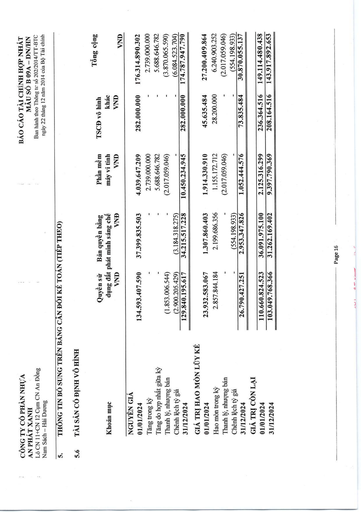
|Khoản mục|Quyền sử dụng đất VND|Bản quyền bằng phát minh sáng chế VND|Phần mềm máy vi tính VND|TSCĐ vô hình khác VND|Tổng cộng VND| |---|---|---|---|---|---| |NGUYÊN GIÁ|||||| |01/01/2024|134.593.407.590|37.399.835.503|4.039.647.209|282.000.000|176.314.890.302| |Tăng trong kỳ|-|-|2.739.000.000|-|2.739.000.000| |Tăng do hợp nhất giữa kỳ|-|-|5.688.646.782|-|5.688.646.782| |Thanh lý, nhượng bán|(1.853.006.544)|-|(2.017.059.046)|-|(3.870.065.590)| |Chênh lệch tỷ giá|(2.900.205.429)|(3.184.318.275)|-|-|(6.084.523.704)| |31/12/2024|129.840.195.617|34.215.517.228|10.450.234.945|282.000.000|174.787.947.790| |GIÁ TRỊ HAO MÒN LŨY KẾ|||||| |01/01/2024|23.932.583.067|1.307.860.403|1.914.330.910|45.635.484|27.200.409.864| |Hao mòn trong kỳ|2.857.844.184|2.199.686.356|1.155.172.712|28.200.000|6.240.903.252| |Thanh lý, nhượng bán|-|-|(2.017.059.046)|-|(2.017.059.046)| |Chênh lệch tỷ giá|-|(554.198.933)|-|-|(554.198.933)| |31/12/2024|26.790.427.251|2.953.347.826|1.052.444.576|73.835.484|30.870.055.137| |GIÁ TRỊ CÒN LẠI|||||| |01/01/2024|110.660.824.523|36.091.975.100|2.125.316.299|236.364.516|149.114.480.438| |31/12/2024|103.049.768.366|31.262.169.402|9.397.790.369|208.164.516|143.917.892.653|